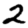
Digit: 2